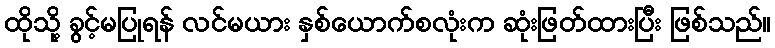
ထိုသို့ ခွင့်မပြုရန် လင်မယား နှစ်ယောက်စလုံးက ဆုံးဖြတ်ထားပြီး ဖြစ်သည်။